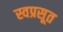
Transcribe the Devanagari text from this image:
स्वप्रसूत